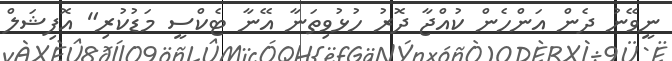
ނީވޭނު ދެން އަންހެން ކުއްޖާ ދޮރު ހުޅުވިތަނާ އޭނާ ޓެކްސީ މަޑުކުރި" އޮފިޝަލް